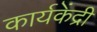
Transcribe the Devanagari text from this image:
कार्यकेंद्री